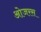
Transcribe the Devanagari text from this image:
ओजरस